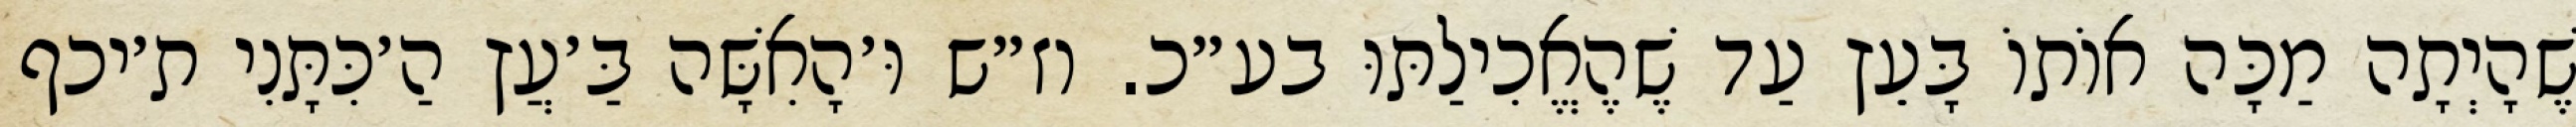
שֶׁהָיְתָה מַכָּה אוֹתוֹ בָּעֵץ עַד שֶׁהֶאֱכִילַתּוּ בע״כ. וז״ש וּ׳הָאִשָּׁה בַּ׳עֲץ הַ׳כִּתָּנִי ת׳יכף